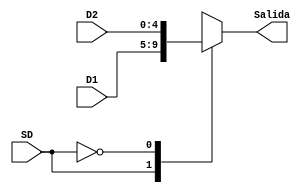
module Mux2a15B(
				input [4:0]D1,
				input [4:0]D2,
				input SD,
				output reg [4:0]Salida);
	always@*
		begin
			case(SD)
				1'b1: Salida = D1;
				1'b0: Salida = D2;
				default: Salida = D1;
			endcase
		end
endmodule